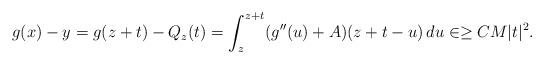
LaTeX: \begin{align*} g(x) -y =g(z+t) -Q_z(t) =\int_z^{z+t} ( g''(u) +A) (z+t-u) \, du \in \ge C M |t|^2. \end{align*}